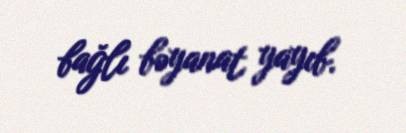
bağlı bəyanat yayıb.